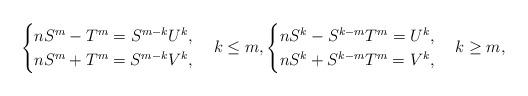
LaTeX: \begin{align*}\begin{cases}nS^{m}-T^{m}=S^{m-k}U^{k},\\nS^{m}+T^{m}=S^{m-k}V^{k},\end{cases}k\le m,\begin{cases}nS^{k}-S^{k-m}T^{m}=U^{k},\\nS^{k}+S^{k-m}T^{m}=V^{k},\end{cases}k\ge m,\end{align*}